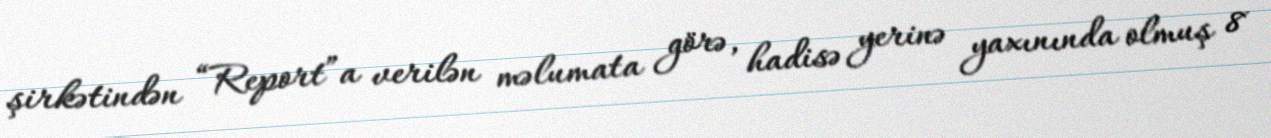
şirkətindən “Report”a verilən məlumata görə, hadisə yerinə yaxınında olmuş 8